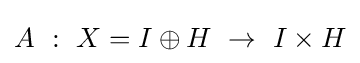
A~:~X=I\oplus H~\to ~I\times H